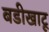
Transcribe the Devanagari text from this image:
बडीखाटू